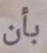
بأن